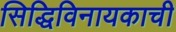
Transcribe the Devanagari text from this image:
सिद्धिविनायकाची